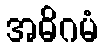
အဓိဂမံ